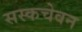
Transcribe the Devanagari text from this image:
सस्कचेवन